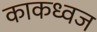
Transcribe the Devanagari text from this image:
काकध्वज